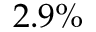
2 . 9 \%